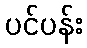
ပင်ပန်း